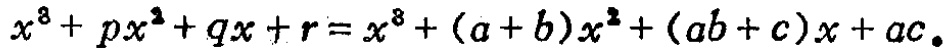
\(x^{3}+px^{2}+qx + r=x^{3}+(a + b)x^{2}+(ab + c)x+ac。\)